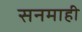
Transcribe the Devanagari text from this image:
सनमाही